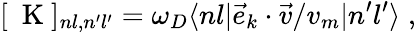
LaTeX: [\mathrm{~\mathbf~K~}]_{nl,n^{\prime}l^{\prime}}=\omega_{D}\langle nl|\vec{e}_{k}\cdot\vec{v}/v_{m}|n^{\prime}l^{\prime}\rangle\; ,